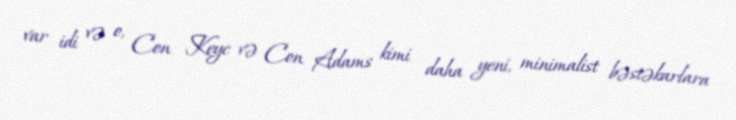
var idi və o, Con Keyc və Con Adams kimi daha yeni, minimalist bəstəkarlara